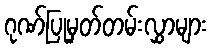
ဂုဏ်ပြုမှတ်တမ်းလွှာများ